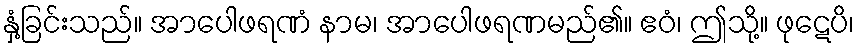
နှံ့ခြင်းသည်။ အာပေါဖရဏံ နာမ၊ အာပေါဖရဏမည်၏။ ဧဝံ၊ ဤသို့။ ဖုဋေပိ၊